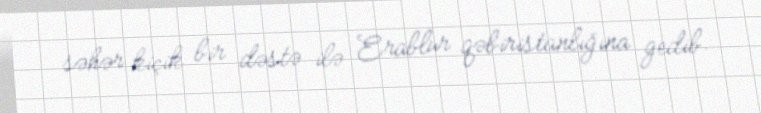
səhər kiçik bir dəstə ilə Erablur qəbiristanlığına gedib.